Newspaper: Daily Davenport Democrat. [volume]
Place of publication: Davenport, Iowa
Publisher: [D.N. Richardson]
Date: 1865-11-15 00:00:00
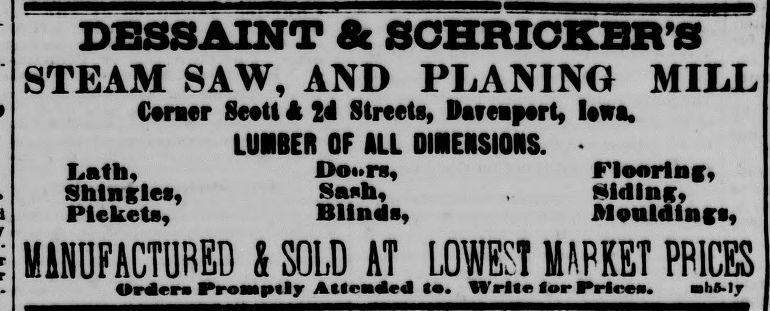
Advertisement text (OCR):
tSStim* Pickets, DESSA1NT & SCHRICKBR'S STEAM SAW, AND PLANING MILL Ceraer Seett 4 IA Streets, Dareipert, lewa. LUBBER OF ALL DIBENSIONI. Do*»rs, Flooring, Sanh, Blinds, M1N0FACTURED S SOLD AT LOW! MAPKET PP1CES Orders Proaiptly Atleaded ta. Write lor Prices. aah5-ly Nldlna, Monldlnffs,
Label: text-only